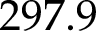
2 9 7 . 9